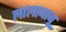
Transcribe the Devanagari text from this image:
लालाबाबू